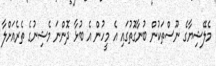
މެލޭޝިޔާގެ ނޫސްތަކުން ބުނާގޮތުގައި އެ މީހުން އެ ބުޅާ ދޮންނަ މެޝިނުގެ ތެރެއަށްލާ